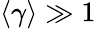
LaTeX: \langle\gamma\rangle\gg 1